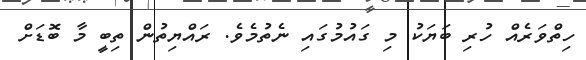
ހިތްވަރެއް ހުރި ބަޔަކު މި ގައުމުގައި ނެތުމެވެ. ރައްޔިތުން ތިބީ މާ ބޮޑަށް